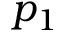
p _ { 1 }